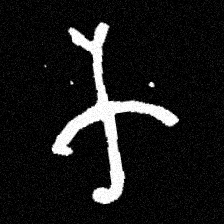
Pyu character \u2014 Myanmar letter: က (romanized: ka)